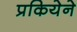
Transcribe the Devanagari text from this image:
प्रकियेने